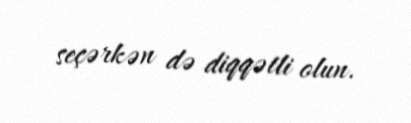
seçərkən də diqqətli olun.